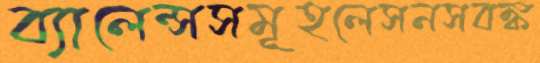
ব্যালেন্সসমূহলেসনসবঙ্ক